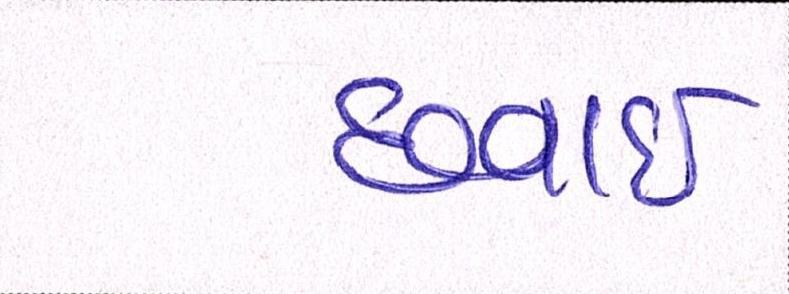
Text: છપાઈ